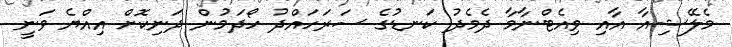
މެލޭޝިއާ އާއި ވިއެޓްނާމާ ދެމެދު ކަނޑުގެ ސަރަހައްދު ހޯދަމުން ދަނިކޮށް އިއްޔެ ވަނީ